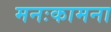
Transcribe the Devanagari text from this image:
मनःकामना